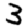
Digit: 3